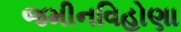
જમીનવિહોણા